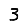
Digit: 3